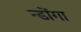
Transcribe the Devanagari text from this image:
न्डोंगा